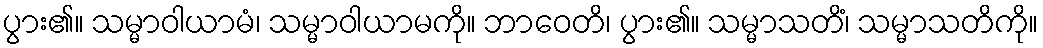
ပွား၏။ သမ္မာဝါယာမံ၊ သမ္မာဝါယာမကို။ ဘာဝေတိ၊ ပွား၏။ သမ္မာသတိံ၊ သမ္မာသတိကို။